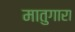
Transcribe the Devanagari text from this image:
मातुगारा